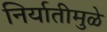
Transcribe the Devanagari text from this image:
निर्यातीमुळे